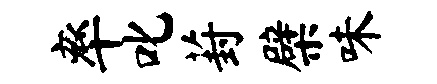
率叱葑檗味